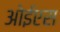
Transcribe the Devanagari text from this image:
ओईएस